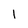
Character: l